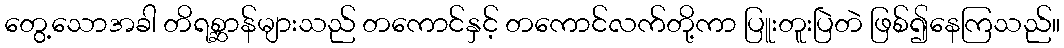
တွေ့သောအခါ တိရစ္ဆာန်များသည် တကောင်နှင့် တကောင်လက်တို့ကာ ပြူးတူးပြဲတဲ ဖြစ်၍နေကြသည်။